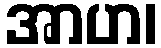
အာဟ၊